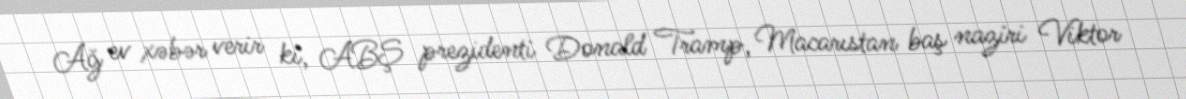
Ağ ev xəbər verir ki, ABŞ prezidenti Donald Tramp, Macarıstan baş naziri Viktor